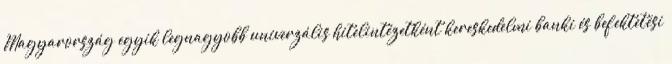
Magyarország egyik legnagyobb univerzális hitelintézetként kereskedelmi banki és befektetési